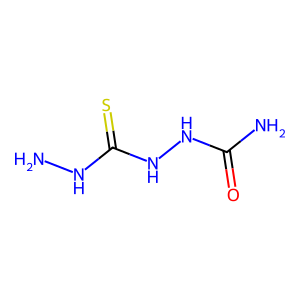
SMILES: NNC(=S)NNC(N)=O
Inhibits HIV replication: No